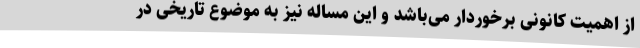
از اهمیت کانونی برخوردار می‌باشد و این مساله نیز به موضوع تاریخی در